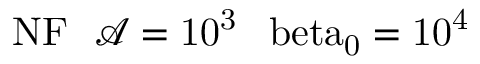
\mathrm { { N F } \: \: \: \mathcal { A } = 1 0 ^ { 3 } \: \: \ b e t a _ { 0 } = 1 0 ^ { 4 } }